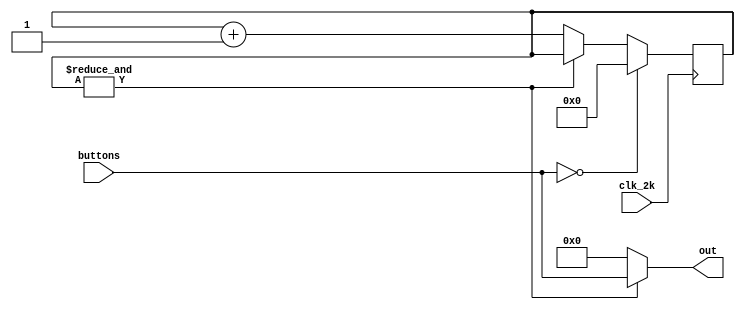
module debouncers (
  input clk_2k,
  input [6:0] buttons,
  output [6:0] out
);

  reg [3:0] counter; // 4 bits, 16 max, 2^4 = 16

  always @(posedge clk_2k)
  begin
    if (buttons == 8'b00000000)
    begin
      counter <= 0;
    end

    else if (~&counter) // ~& is NAND, so if all bits are 1, it returns 0
    begin
      counter <= counter + 1;
    end
  end

  assign out = (&counter)? buttons : 8'b00000000; // & is AND, so if all bits are 1, it returns 1

endmodule